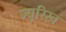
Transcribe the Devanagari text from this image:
ज्यू़रिख़